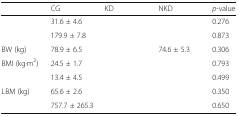
<table><thead><tr><td>[EMPTY_CELL]</td><td><b>CG</b></td><td><b>KD</b></td><td><b>NKD</b></td><td><b><i>p</i>-value</b></td></tr></thead><tbody><tr><td>[EMPTY_CELL]</td><td>31.6 ± 4.6</td><td>[EMPTY_CELL]</td><td>[EMPTY_CELL]</td><td>0.276</td></tr><tr><td>[EMPTY_CELL]</td><td>179.9 ± 7.8</td><td>[EMPTY_CELL]</td><td>[EMPTY_CELL]</td><td>0.873</td></tr><tr><td>BW (kg)</td><td>78.9 ± 6.5</td><td>[EMPTY_CELL]</td><td>74.6 ± 5.3</td><td>0.306</td></tr><tr><td>BMI (kg∙m<sup>2</sup>)</td><td>24.5 ± 1.7</td><td>[EMPTY_CELL]</td><td>[EMPTY_CELL]</td><td>0.793</td></tr><tr><td>[EMPTY_CELL]</td><td>13.4 ± 4.5</td><td>[EMPTY_CELL]</td><td>[EMPTY_CELL]</td><td>0.499</td></tr><tr><td>LBM (kg)</td><td>65.6 ± 2.6</td><td>[EMPTY_CELL]</td><td>[EMPTY_CELL]</td><td>0.350</td></tr><tr><td>[EMPTY_CELL]</td><td>757.7 ± 265.3</td><td>[EMPTY_CELL]</td><td>[EMPTY_CELL]</td><td>0.650</td></tr></tbody></table>